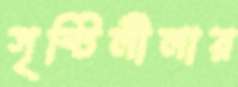
সৃষ্টিলীলায়